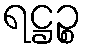
ရဋ္ဌဉ္စ